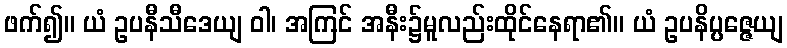
ဖက်၍။ ယံ ဥပနီသီဒေယျ ဝါ၊ အကြင် အနီး၌မူလည်းထိုင်နေရာ၏။ ယံ ဥပနိပ္ပဇ္ဇေယျ